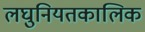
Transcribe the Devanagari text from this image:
लघुनियतकालिक